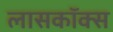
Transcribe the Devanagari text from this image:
लासकॉक्स